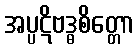
အပ္ပဋိဗဒ္ဓစိတ္တော